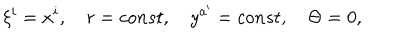
LaTeX: \xi ^ { i } = x ^ { i } , \quad r = c o n s t , \quad y ^ { a ^ { \prime } } = c o n s t , \quad \Theta = 0 ,